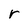
Character: r